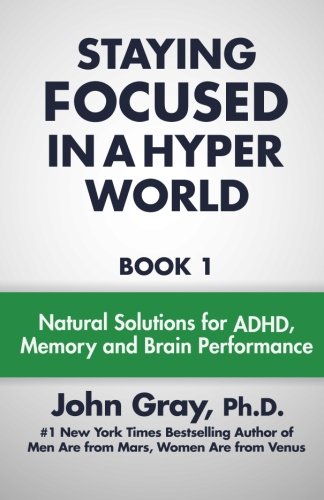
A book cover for Staying Focused In A Hyper World (Volume 1); John Gray; Parenting & Relationships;